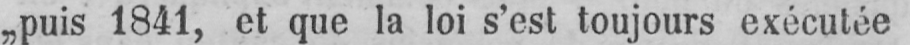
„puis 1841, et que la loi s’est toujours exécutée